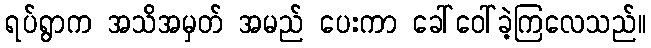
ရပ်ရွာက အသိအမှတ် အမည် ပေးကာ ခေါ်ဝေါ်ခဲ့ကြလေသည်။